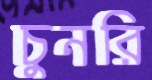
চুনরি